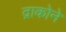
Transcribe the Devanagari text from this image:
द्राकोने